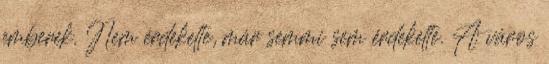
emberek. Nem érdekelte, már semmi sem érdekelte. A város